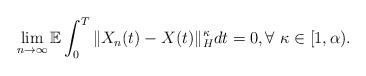
\begin{align*}\lim_{n\rightarrow\infty}\mathbb{E}\int_0^T \Vert X_n(t)-X(t)\Vert_H^{\kappa} dt = 0, \forall\ \kappa\in[1,\alpha) .\end{align*}